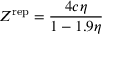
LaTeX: Z ^ { \mathrm { { r e p } } } = { \frac { 4 c \eta } { 1 - 1 . 9 \eta } }